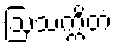
ဩသက္ကိတံ